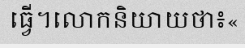
ធ្វើ។លោកនិយាយថា៖«